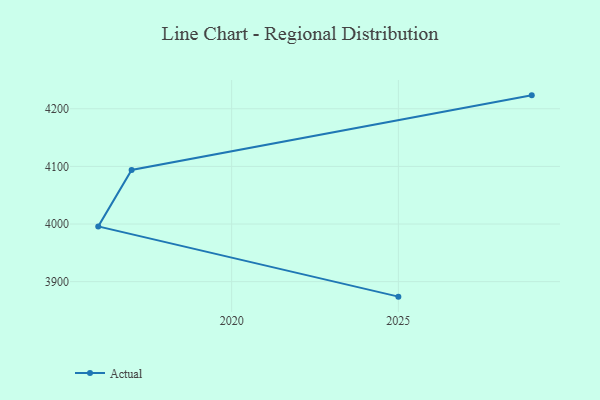
{"axis": {"x": "Year", "y": "Website Visitors"}, "legend": ["Actual"], "data": [{"x": "2025", "y": 3874.0, "type": "Actual"}, {"x": "2016", "y": 3995.8, "type": "Actual"}, {"x": "2017", "y": 4093.9, "type": "Actual"}, {"x": "2029", "y": 4223.3, "type": "Actual"}]}